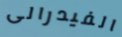
الفيدرالى